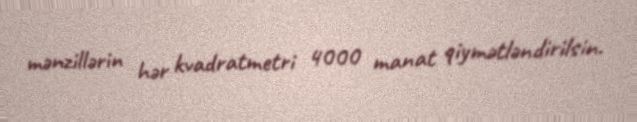
mənzillərin hər kvadratmetri 4000 manat qiymətləndirilsin.